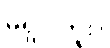
မရှိပါဘူး။